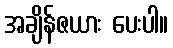
အချိန်ဇယား ပေးပါ။